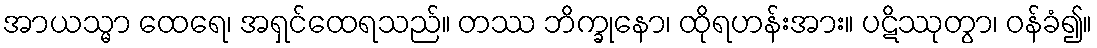
အာယသ္မာ ထေရေ၊ အရှင်ထေရသည်။ တဿ ဘိက္ခုနော၊ ထိုရဟန်းအား။ ပဋိဿုတွာ၊ ဝန်ခံ၍။